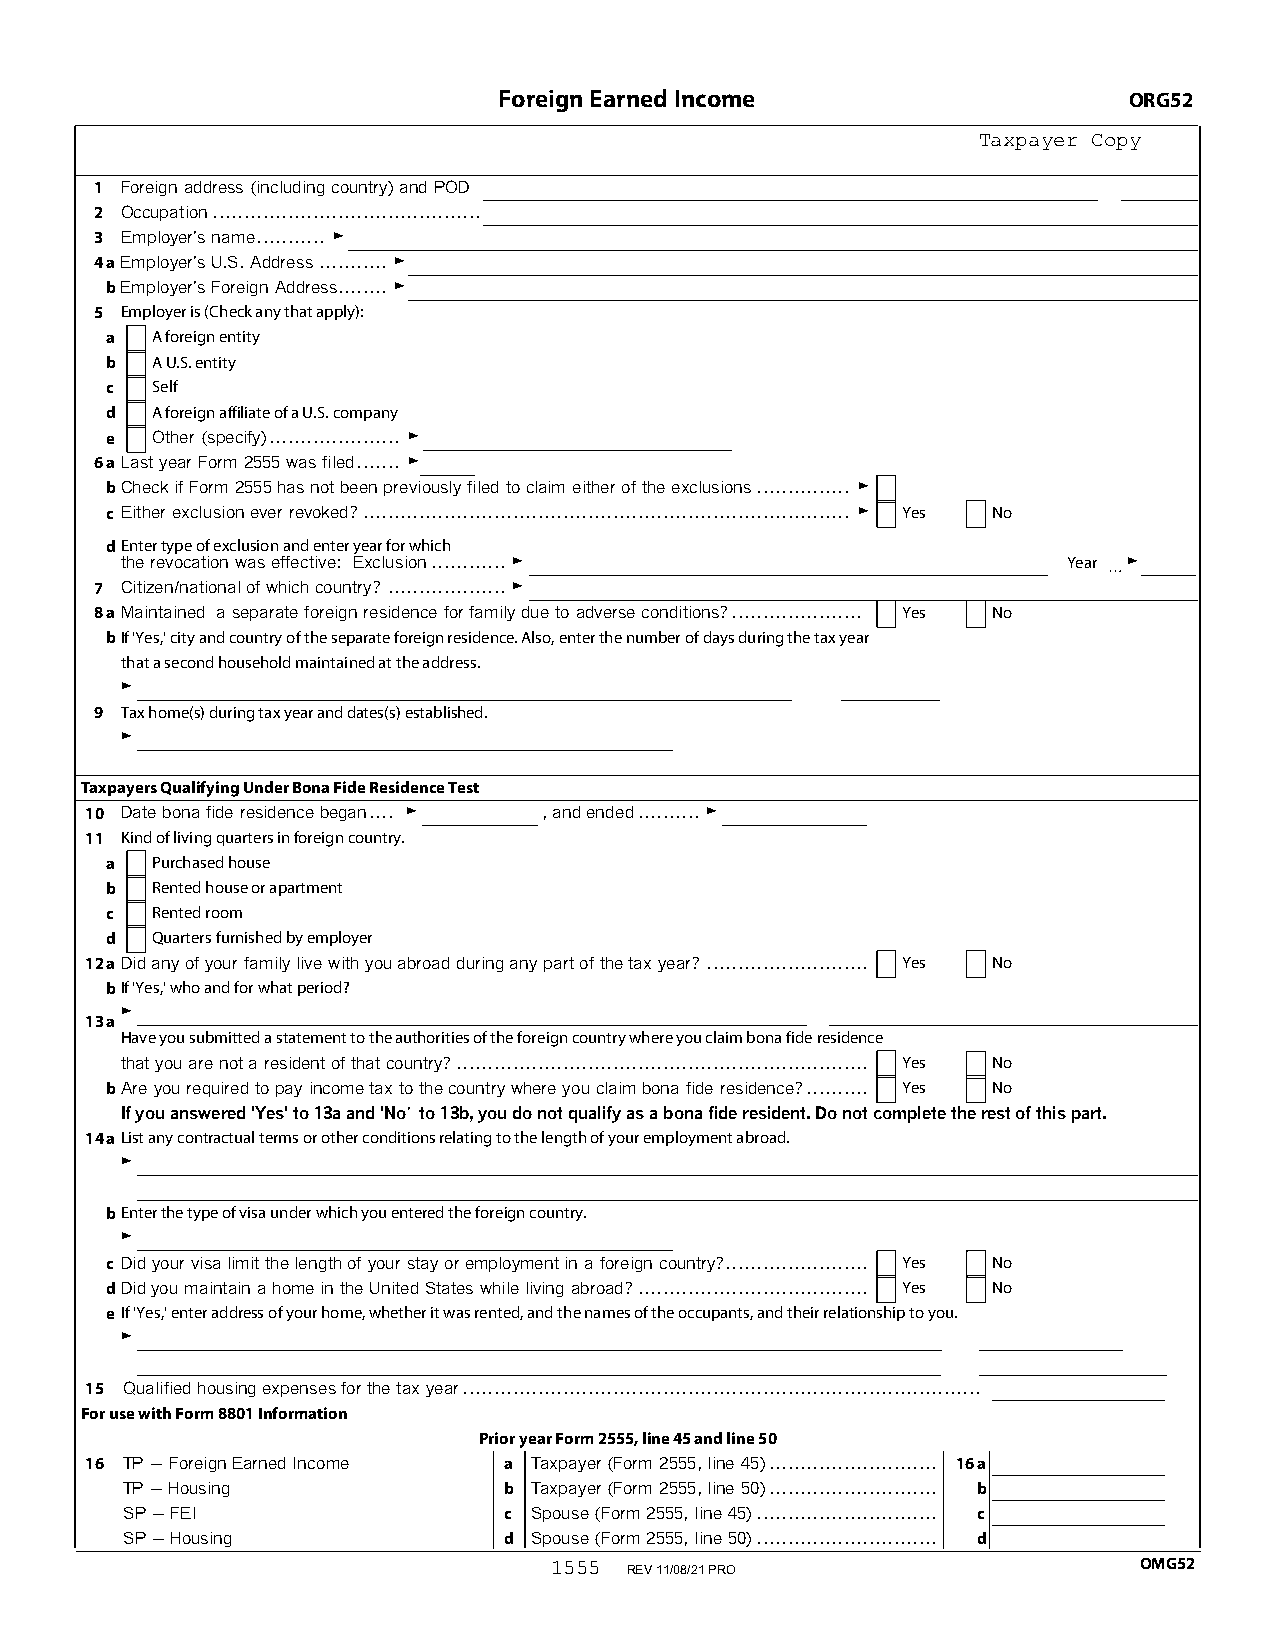
Foreign Earned Income                     ORG52
 Taxpayer Copy
 1 Foreign address (including country) and POD
 2 Occupation...........................................
 3 Employer's name........... G
 4aEmployer's U.S. Address...........G
 bEmployer's Foreign Address........ G
 5 Employer is (Check any that apply):
 a  A foreign entity
 b  A U.S. entity
 c  Self
 d  A foreign affiliate of a U.S. company
 e  Other (specify)..................... G
 6aLast year Form 2555 was filed....... G
 bCheck if Form 2555 has not been previously filed to claim either of the exclusions............... G
 c Either exclusion ever revoked?.............................................................................. G Yes No
 dEnter type of exclusion and enter year for which
 the revocation was effective: Exclusion............G           Year G
 7 Citizen/national of which country?...................G
 8aMaintained a separate foreign residence for family due to adverse conditions?..................... Yes No
 bIf 'Yes,' city and country of the separate foreign residence. Also, enter the number of days during the tax year
 that a second household maintained at the address.
 G
 9 Tax home(s) during tax year and dates(s) established.
 G
 Taxpayers Qualifying Under Bona Fide Residence Test
 10 Date bona fide residence began.... G , and ended..........G
 11 Kind of living quarters in foreign country.
 a  Purchased house
 b  Rented house or apartment
 c  Rented room
 d  Quarters furnished by employer
 12aDid any of your family live with you abroad during any part of the tax year?.......................... Yes No
 bIf 'Yes,' who and for what period?
 G
 13a
 Have you submitted a statement to the authorities of the foreign country where you claim bona fide residence
 that you are not a resident of that country?.................................................................. Yes No
 bAre you required to pay income tax to the country where you claim bona fide residence?.......... Yes No
 If you answered 'Yes' to 13a and 'No' to 13b, you do not qualify as a bona fide resident. Do not complete the rest of this part.
 14aList any contractual terms or other conditions relating to the length of your employment abroad.
 G
 bEnter the type of visa under which you entered the foreign country.
 G
 c Did your visa limit the length of your stay or employment in a foreign country?....................... Yes No
 dDid you maintain a home in the United States while living abroad?..................................... Yes No
 eIf 'Yes,' enter address of your home, whether it was rented, and the names of the occupants, and their relationship to you.
 G
 15 Qualified housing expenses for the tax year...................................................................................
 For use with Form 8801 Information
 Prior year Form 2555, line 45 and line 50
 16 TP ' Foreign Earned Income a Taxpayer (Form 2555, line 45)........................... 16a
 TP ' Housing             b Taxpayer (Form 2555, line 50)........................... b
 SP ' FEI                 c Spouse (Form 2555, line 45)............................. c
 SP ' Housing             d Spouse (Form 2555, line 50)............................. d
 1555                                   OMG52
 REV 11/08/21 PRO